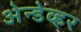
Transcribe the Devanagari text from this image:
अेन्डेव्हर